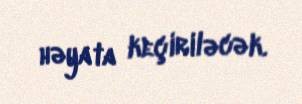
həyata keçiriləcək.